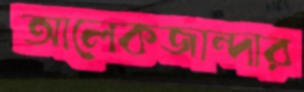
আলেকজান্দার